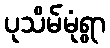
ပုသိမ်မုံရွာ